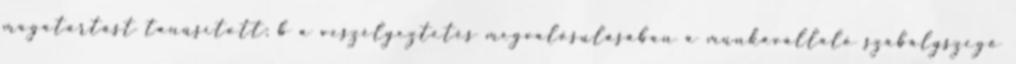
magatartást tanúsított; b a veszélyeztetés megvalósulásában a munkavállaló szabályszegő